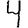
Digit: 4